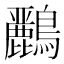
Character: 𪇾